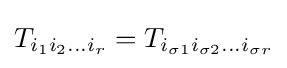
T_{i_{1}i_{2}\dots i_{r}}=T_{i_{\sigma 1}i_{\sigma 2}\dots i_{\sigma r}}